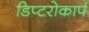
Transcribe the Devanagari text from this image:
डिप्टरोकार्प